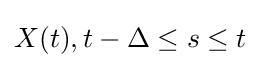
X(t),t-\Delta \leq s\leq t